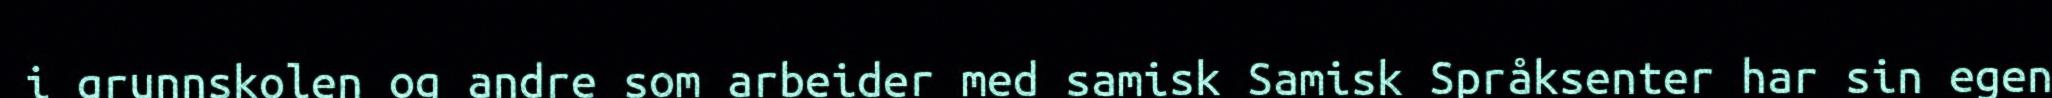
i grunnskolen og andre som arbeider med samisk Samisk Språksenter har sin egen